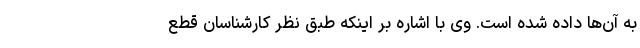
به آن‌ها داده شده است. وی با اشاره بر اینکه طبق نظر کارشناسان قطع